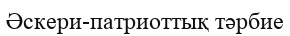
Әскери-патриоттық тәрбие